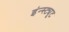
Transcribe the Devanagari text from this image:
इंन्स्ट्यूट